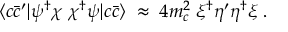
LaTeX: \langle c \bar { c } ^ { \prime } | \psi ^ { \dagger } \chi \; \chi ^ { \dagger } \psi | c \bar { c } \rangle \; \approx \; 4 m _ { c } ^ { 2 } \; \xi ^ { \dagger } \eta ^ { \prime } \eta ^ { \dagger } \xi \; .